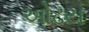
ઓઢય